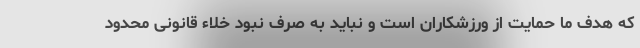
که هدف ما حمایت از ورزشکاران است و نباید به صرف نبود خلاء قانونی محدود